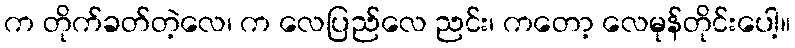
က တိုက်ခတ်တဲ့လေ၊ က လေပြည်လေ ညင်း၊ ကတော့ လေမုန်တိုင်းပေါ့။